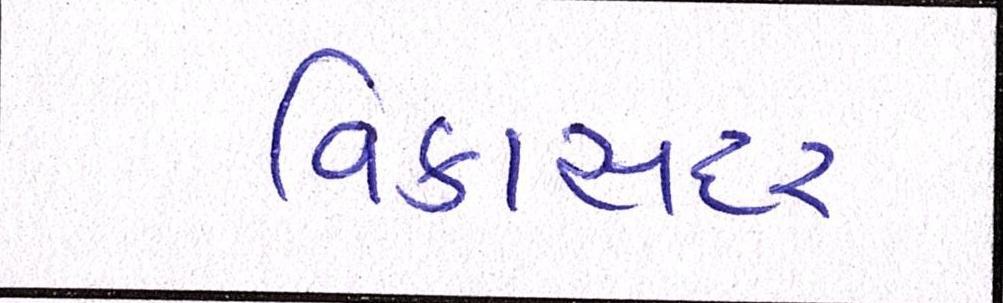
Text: વિકાસદર